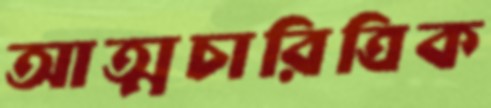
আত্মচারিত্রিক